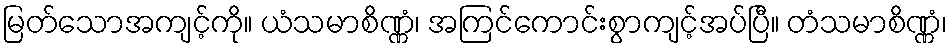
မြတ်သောအကျင့်ကို။ ယံသမာစိဏ္ဏံ၊ အကြင်ကောင်းစွာကျင့်အပ်ပြီ။ တံသမာစိဏ္ဏံ၊